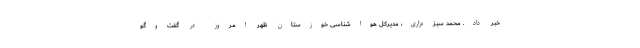
خبر داد. محمد سبزه‌زاری، مدیرکل هواشناسی خوزستان ظهر امروز در گفت‌وگو